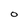
Character: O